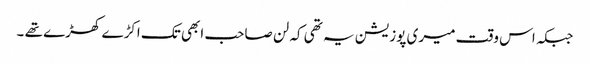
جبکہ اس وقت میری پوزیشن یہ تھی کہ لن صاحب ابھی تک اکڑے کھڑے تھے ۔